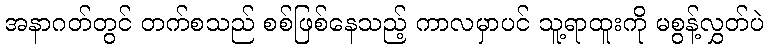
အနာဂတ်တွင် တက်စသည် စစ်ဖြစ်နေသည့် ကာလမှာပင် သူ့ရာထူးကို မစွန့်လွှတ်ပဲ